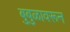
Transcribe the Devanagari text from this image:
बुबुळावरून